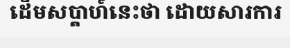
ដើមសប្តាហ៍នេះថា ដោយសារការ